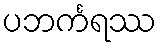
ပဘင်္ကရဿ